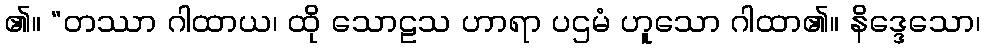
၏။ “တဿာ ဂါထာယ၊ ထို သောဠသ ဟာရာ ပဌမံ ဟူသော ဂါထာ၏။ နိဒ္ဒေသော၊